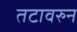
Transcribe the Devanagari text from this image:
तटावरुन